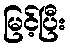
မြင့်ပြီး